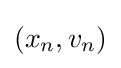
(x_{n},v_{n})